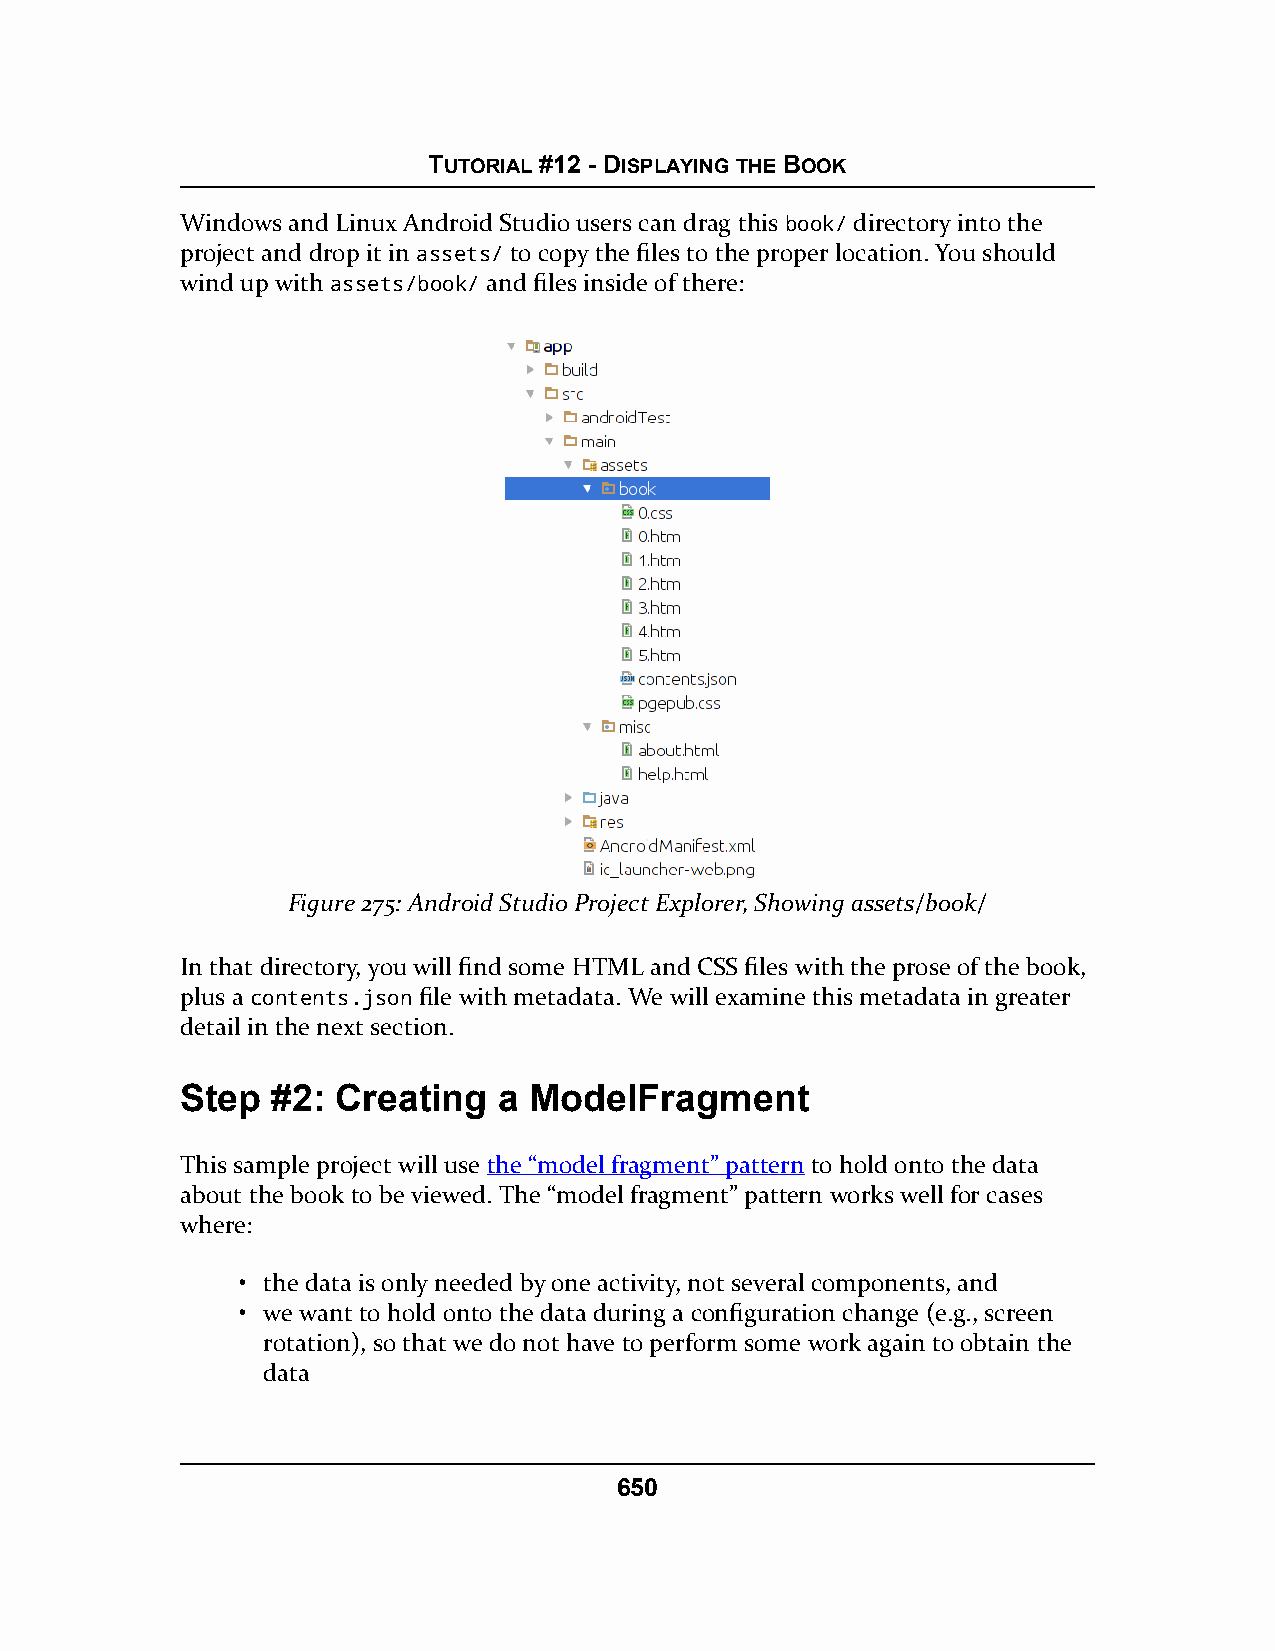
TUTORIAL #12 - DISPLAYING THE BOOK
 Windows and Linux Android Studio users can drag this book/ directory into the
 project and drop it in assets/ to copy the files to the proper location. You should
 wind up with assets/book/ and files inside of there:
 Figure 275: Android Studio Project Explorer, Showing assets/book/
 In that directory, you will find some HTML and CSS files with the prose of the book,
 plus a contents.json file with metadata. We will examine this metadata in greater
 detail in the next section.
 Step  #2: Creating   a ModelFragment
 This sample project will use the “model fragment” pattern to hold onto the data
 about the book to be viewed. The “model fragment” pattern works well for cases
 where:
 • the data is only needed by one activity, not several components, and
 • we want to hold onto the data during a configuration change (e.g., screen
 rotation), so that we do not have to perform some work again to obtain the
 data
 650